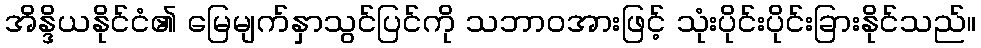
အိန္ဒိယနိုင်ငံ၏ မြေမျက်နှာသွင်ပြင်ကို သဘာဝအားဖြင့် သုံးပိုင်းပိုင်းခြားနိုင်သည်။